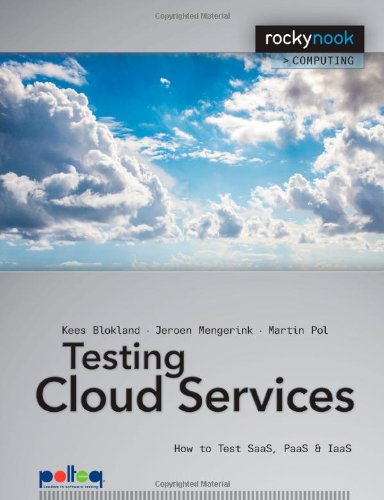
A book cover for Testing Cloud Services: How to Test SaaS, PaaS & IaaS (Rocky Nook Computing); Kees Blokland; Computers & Technology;